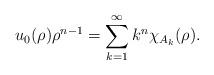
LaTeX: \begin{align*}u_{0}(\rho)\rho^{n-1}=\sum_{k=1}^{\infty}k^{n}\chi_{A_{k}}(\rho).\end{align*}